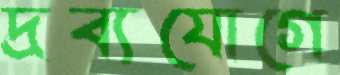
দ্রব্যযোগে